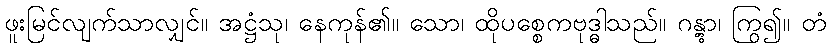
ဖူးမြင်လျက်သာလျှင်။ အဋ္ဌံသု၊ နေကုန်၏။ သော၊ ထိုပစ္စေကဗုဒ္ဓါသည်။ ဂန္တွာ၊ ကြွ၍။ တံ